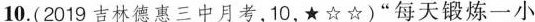
10.(2019吉林德惠三中月考，10，★☆☆)”每天锻炼一小